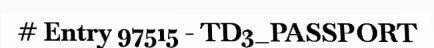
# Entry 97515 - TD3_PASSPORT